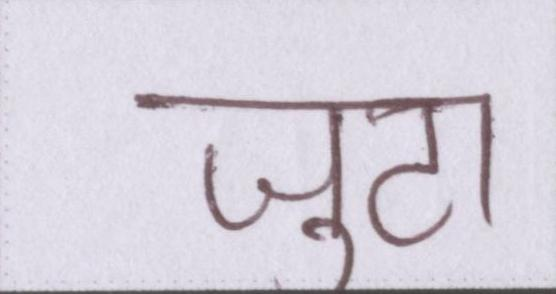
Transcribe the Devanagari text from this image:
जुटा